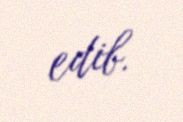
edib.